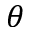
\theta